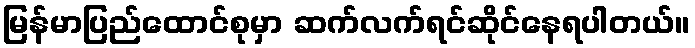
မြန်မာပြည်ထောင်စုမှာ ဆက်လက်ရင်ဆိုင်နေရပါတယ်။